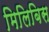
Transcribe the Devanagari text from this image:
मिलिबिस